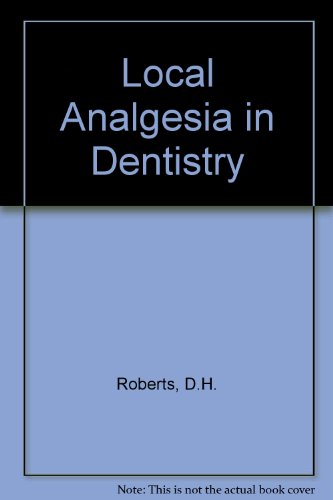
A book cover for Local Analgesia in Dentistry; D.H. Roberts; Medical Books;